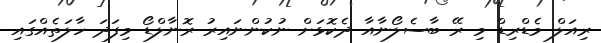
ރިއަލް މެޑްރިޑް މި ރޭ ބާސެލޯނާއާ ދެކޮޅަށް ނުކުންނައިރު ރޮނާލްޑޯ މިފަދަ ހާލަތެއްގައި